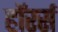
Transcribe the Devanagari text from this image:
हॉरर्स